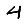
Digit: 4